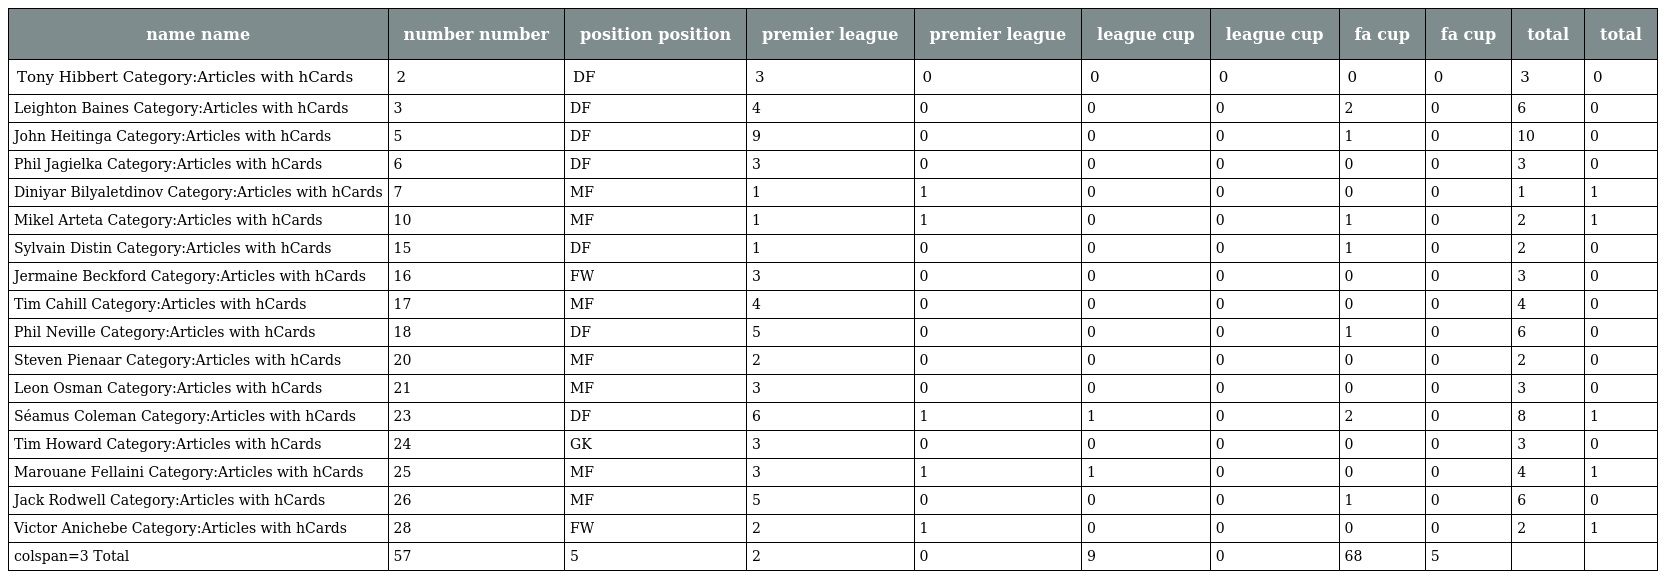
| name name | number number | position position | premier league | premier league | league cup | league cup | fa cup | fa cup | total | total |
 | --- | --- | --- | --- | --- | --- | --- | --- | --- | --- | --- |
 | Tony Hibbert Category:Articles with hCards | 2 | DF | 3 | 0 | 0 | 0 | 0 | 0 | 3 | 0 |
 | Leighton Baines Category:Articles with hCards | 3 | DF | 4 | 0 | 0 | 0 | 2 | 0 | 6 | 0 |
 | John Heitinga Category:Articles with hCards | 5 | DF | 9 | 0 | 0 | 0 | 1 | 0 | 10 | 0 |
 | Phil Jagielka Category:Articles with hCards | 6 | DF | 3 | 0 | 0 | 0 | 0 | 0 | 3 | 0 |
 | Diniyar Bilyaletdinov Category:Articles with hCards | 7 | MF | 1 | 1 | 0 | 0 | 0 | 0 | 1 | 1 |
 | Mikel Arteta Category:Articles with hCards | 10 | MF | 1 | 1 | 0 | 0 | 1 | 0 | 2 | 1 |
 | Sylvain Distin Category:Articles with hCards | 15 | DF | 1 | 0 | 0 | 0 | 1 | 0 | 2 | 0 |
 | Jermaine Beckford Category:Articles with hCards | 16 | FW | 3 | 0 | 0 | 0 | 0 | 0 | 3 | 0 |
 | Tim Cahill Category:Articles with hCards | 17 | MF | 4 | 0 | 0 | 0 | 0 | 0 | 4 | 0 |
 | Phil Neville Category:Articles with hCards | 18 | DF | 5 | 0 | 0 | 0 | 1 | 0 | 6 | 0 |
 | Steven Pienaar Category:Articles with hCards | 20 | MF | 2 | 0 | 0 | 0 | 0 | 0 | 2 | 0 |
 | Leon Osman Category:Articles with hCards | 21 | MF | 3 | 0 | 0 | 0 | 0 | 0 | 3 | 0 |
 | Séamus Coleman Category:Articles with hCards | 23 | DF | 6 | 1 | 1 | 0 | 2 | 0 | 8 | 1 |
 | Tim Howard Category:Articles with hCards | 24 | GK | 3 | 0 | 0 | 0 | 0 | 0 | 3 | 0 |
 | Marouane Fellaini Category:Articles with hCards | 25 | MF | 3 | 1 | 1 | 0 | 0 | 0 | 4 | 1 |
 | Jack Rodwell Category:Articles with hCards | 26 | MF | 5 | 0 | 0 | 0 | 1 | 0 | 6 | 0 |
 | Victor Anichebe Category:Articles with hCards | 28 | FW | 2 | 1 | 0 | 0 | 0 | 0 | 2 | 1 |
 | colspan=3 Total | 57 | 5 | 2 | 0 | 9 | 0 | 68 | 5 |  |  |